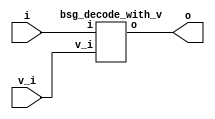


module top
(
  i,
  v_i,
  o
);

  input [4:0] i;
  output [31:0] o;
  input v_i;

  bsg_decode_with_v
  wrapper
  (
    .i(i),
    .o(o),
    .v_i(v_i)
  );


endmodule



module bsg_decode_num_out_p32
(
  i,
  o
);

  input [4:0] i;
  output [31:0] o;
  wire [31:0] o;
  assign o = { 1'b0, 1'b0, 1'b0, 1'b0, 1'b0, 1'b0, 1'b0, 1'b0, 1'b0, 1'b0, 1'b0, 1'b0, 1'b0, 1'b0, 1'b0, 1'b0, 1'b0, 1'b0, 1'b0, 1'b0, 1'b0, 1'b0, 1'b0, 1'b0, 1'b0, 1'b0, 1'b0, 1'b0, 1'b0, 1'b0, 1'b0, 1'b1 } << i;

endmodule



module bsg_decode_with_v
(
  i,
  v_i,
  o
);

  input [4:0] i;
  output [31:0] o;
  input v_i;
  wire [31:0] o,lo;

  bsg_decode_num_out_p32
  bd
  (
    .i(i),
    .o(lo)
  );

  assign o[31] = v_i & lo[31];
  assign o[30] = v_i & lo[30];
  assign o[29] = v_i & lo[29];
  assign o[28] = v_i & lo[28];
  assign o[27] = v_i & lo[27];
  assign o[26] = v_i & lo[26];
  assign o[25] = v_i & lo[25];
  assign o[24] = v_i & lo[24];
  assign o[23] = v_i & lo[23];
  assign o[22] = v_i & lo[22];
  assign o[21] = v_i & lo[21];
  assign o[20] = v_i & lo[20];
  assign o[19] = v_i & lo[19];
  assign o[18] = v_i & lo[18];
  assign o[17] = v_i & lo[17];
  assign o[16] = v_i & lo[16];
  assign o[15] = v_i & lo[15];
  assign o[14] = v_i & lo[14];
  assign o[13] = v_i & lo[13];
  assign o[12] = v_i & lo[12];
  assign o[11] = v_i & lo[11];
  assign o[10] = v_i & lo[10];
  assign o[9] = v_i & lo[9];
  assign o[8] = v_i & lo[8];
  assign o[7] = v_i & lo[7];
  assign o[6] = v_i & lo[6];
  assign o[5] = v_i & lo[5];
  assign o[4] = v_i & lo[4];
  assign o[3] = v_i & lo[3];
  assign o[2] = v_i & lo[2];
  assign o[1] = v_i & lo[1];
  assign o[0] = v_i & lo[0];

endmodule